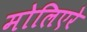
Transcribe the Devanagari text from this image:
मोलिएरे